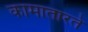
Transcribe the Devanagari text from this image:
कामातारते